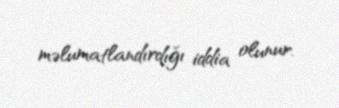
məlumatlandırdığı iddia olunur.